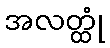
အလတ္ထုံ